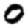
Digit: 0